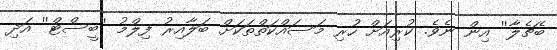
ބެޗެލާ'' އިން ނެވެ. ކުރިއަށް ހުރި މަސައްކަތްތަކަށް ބަލާއިރު ފިލްމު ''ބީސްޓް'' އަދި